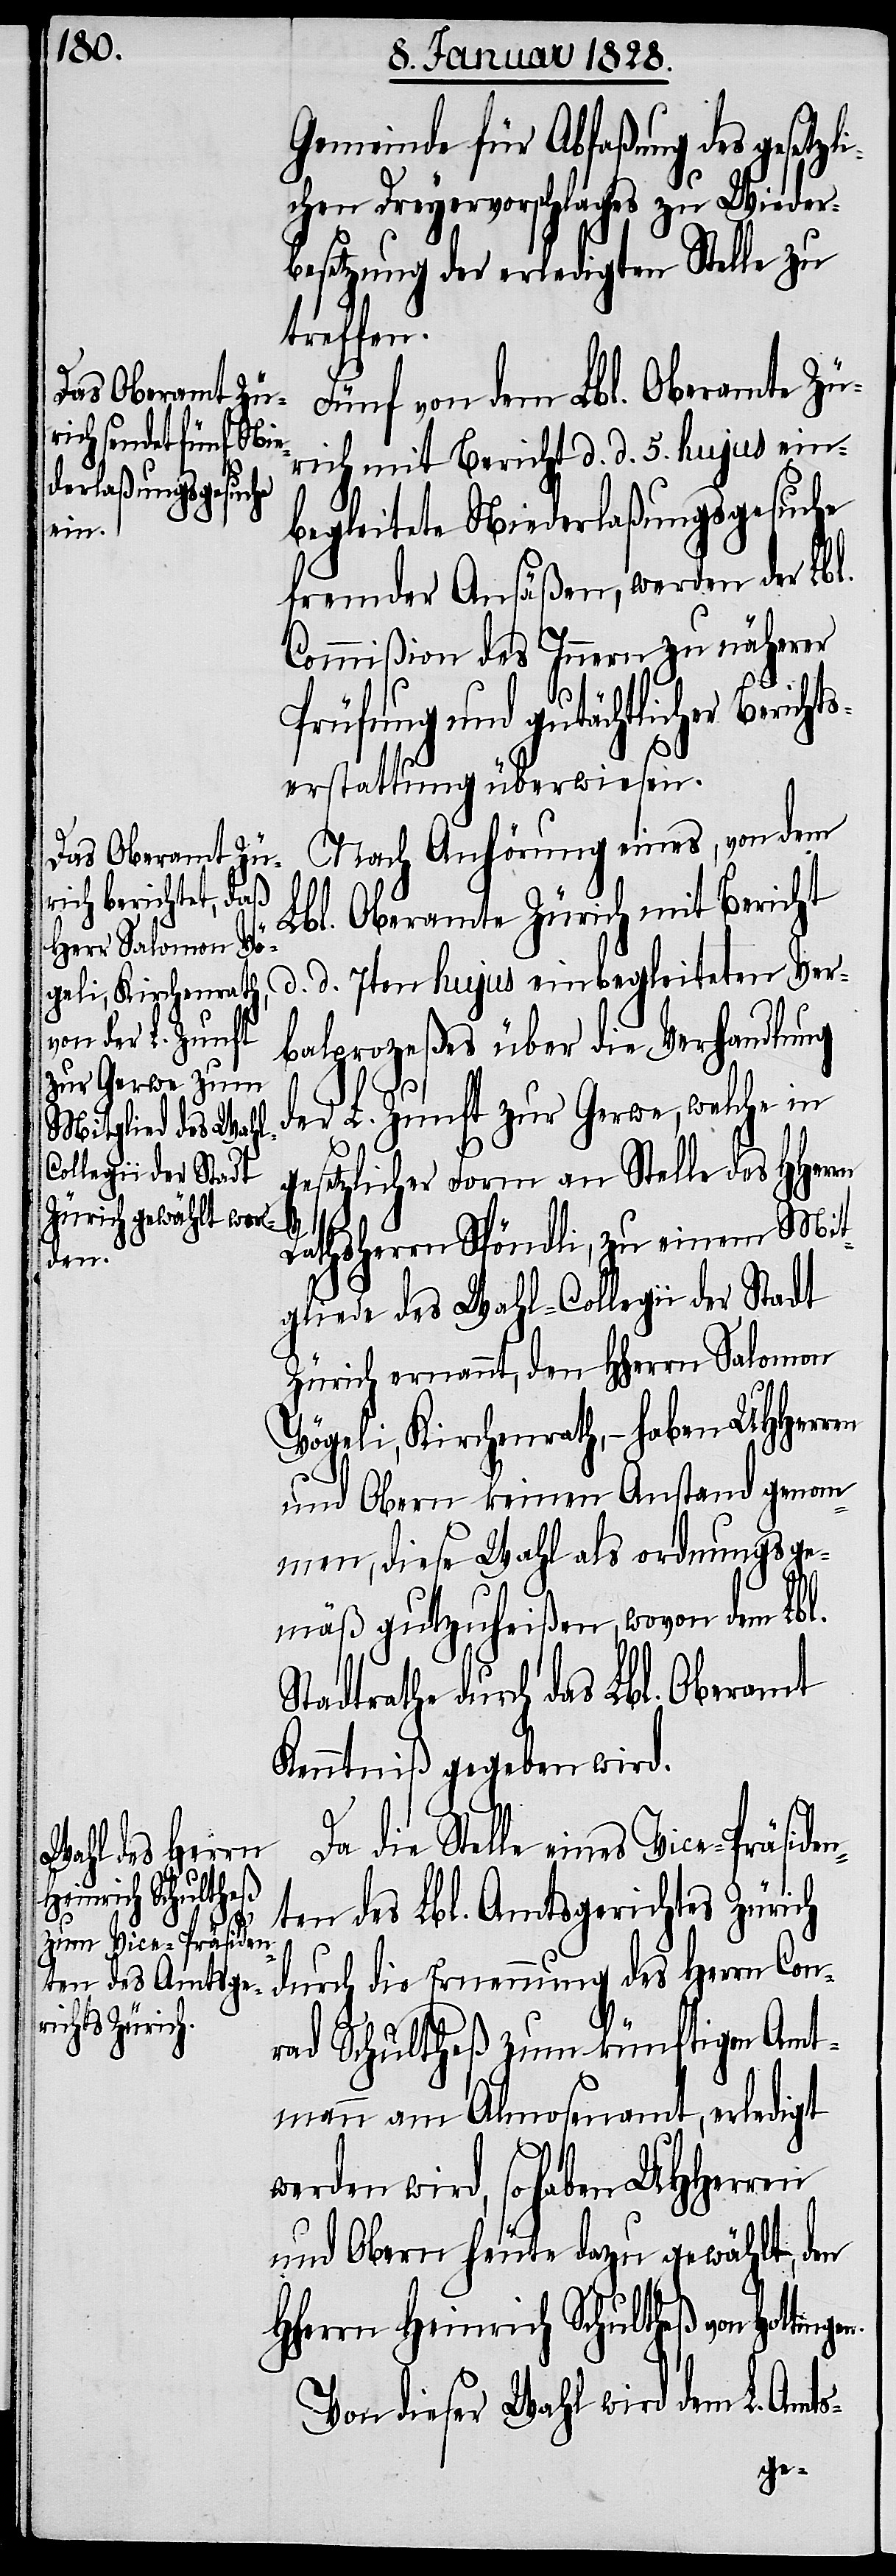
Gemeinde für Abfaßung des gesetzl¬
ichen Dreyervorschlages zu Wieder¬
besetzung der erledigten Stelle zu
treffen.
Fünf von dem Lbl. Oberamte Zü¬
rich mit Bericht d. d. 5. hujus ein¬
begleitete Niederlaßungsgesuche
fremder Ansäßen, werden der Lbl.
Commißion des Innern zu näherer
Prüfung und gutächtlicher Bericht¬
serstattung überwiesen.
Nach Anhörung eines, von dem
Lbl. Oberamte Zürich mit Bericht
d. d. 7ten hujus einbegleiteten Ver¬
der L. Zunft
balprozeßes über die Verhandlung
gesetzlicher Form an Stelle des HHerrn
Rathsherrn Spöndli, zu einem Mit¬
gliede des Wahl-Collegii der Stadt
Zürich ernannt, den Herrn Salomon
Vögeli, Kirchenrath, – haben UHHerren
und Obern keinen Anstand genom¬
men, diese Wahl als ordnungsge¬
mäß gutzuheißen, wovon dem Lbl.
Stadtrathe durch das Lbl. Oberamt
Kenntniß gegeben wird.
Da die Stelle eines Vice-Präsiden¬
ten des Lbl. Amtsgerichts Zürich
gen.
durch die Ernennung des Herrn Con¬
rad Schultheß zum künftigen Amt¬
mann am Almosenamt, erledigt
werden wird, so haben UHHerren
und Obern heute dazu gewählt, den
HHerrn Heinrich Schultheß von Hottin¬
Von dieser Wahl wird dem L. Amts-